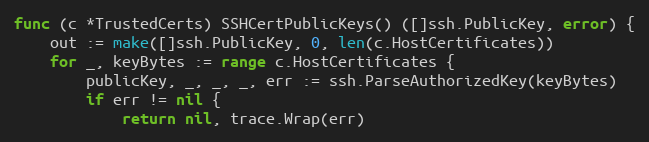
Language: Go
func (c *TrustedCerts) SSHCertPublicKeys() ([]ssh.PublicKey, error) {
	out := make([]ssh.PublicKey, 0, len(c.HostCertificates))
	for _, keyBytes := range c.HostCertificates {
		publicKey, _, _, _, err := ssh.ParseAuthorizedKey(keyBytes)
		if err != nil {
			return nil, trace.Wrap(err)